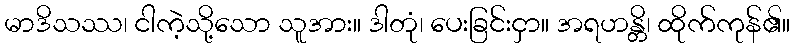
မာဒိသဿ၊ ငါကဲ့သို့သော သူအား။ ဒါတုံ၊ ပေးခြင်းငှာ။ အရဟန္တိ၊ ထိုက်ကုန်၏။